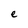
Character: e